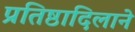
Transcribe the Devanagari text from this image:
प्रतिष्ठादिलाने